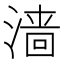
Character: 𬈧